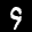
Label: 9